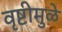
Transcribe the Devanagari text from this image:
वृष्टीमुळे